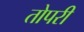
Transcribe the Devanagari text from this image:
तोपरी